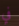
في